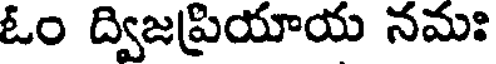
ఓం ద్విజప్రియాయ నమః